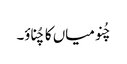
چُنو میاں کا چُناؤ۔